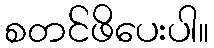
စတင်ဖိပေးပါ။